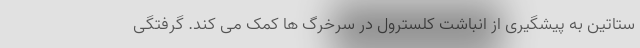
ستاتین به پیشگیری از انباشت کلسترول در سرخرگ ها کمک می کند. گرفتگی